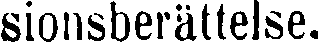
sionsberättelse.